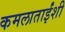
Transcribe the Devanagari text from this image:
कमलाताईंशी